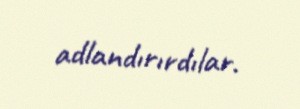
adlandırırdılar.